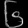
Digit: ၆